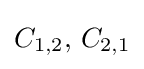
C_{1,2},\,C_{2,1}